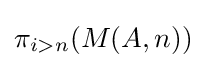
\pi _{i>n}(M(A,n))